Vaccination United Provinces of Agra and Oudh 1914-1922 - 1914-1922
Year: 1914
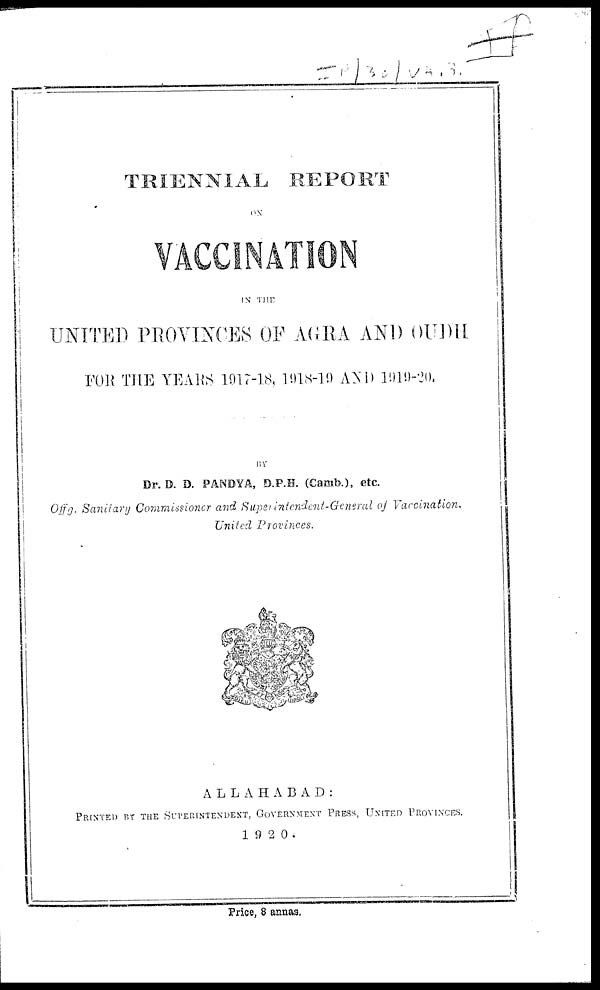
TRIENNIAL REPORT
ON
VACCINATION
IN THE
UNITED PROVINCES OF AGRA AND OUDH
FOR THE YEARS 1917-18, 1918-19 AND 1919-20.
BY
Dr. D. D. PANDYA, D.P.H. (Camb.), etc.
Offg. Sanitary Commissioner and Superintendent-General
of Vaccination,
United
Provinces.
ALLAHABAD:
PRINTED BY THE SUPERINTENDENT, GOVERNMENT PRESS, UNITED PROVINCES.
1920.
Price, 8 annas.